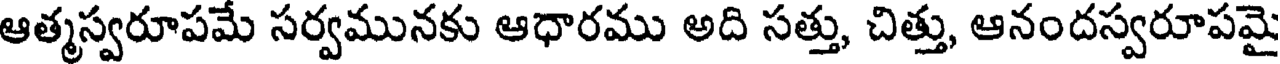
ఆత్మస్వరూపమే సర్వమునకు ఆధారము అది సత్తు, చిత్తు, ఆనందస్వరూపమై